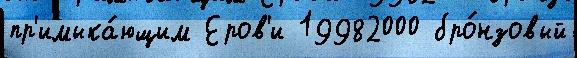
пр'имыка́ющим Еров'и 19982000 бро́нзовый